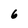
Character: 6